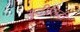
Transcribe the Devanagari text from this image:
युटीलिटी